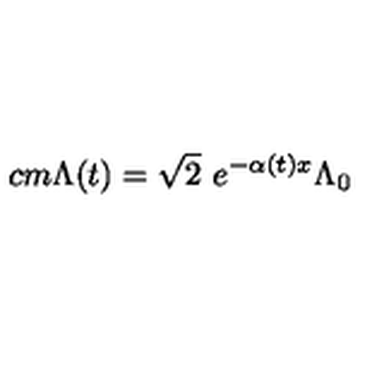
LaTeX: \hspace * { - 6 c m } \Lambda ( t ) = \sqrt { 2 } \ e ^ { - \alpha ( t ) x } \Lambda _ { 0 }